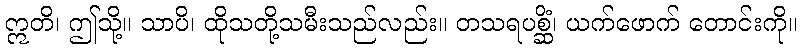
ဣတိ၊ ဤသို့။ သာပိ၊ ထိုသတို့သမီးသည်လည်း။ တသရပစ္ဆိံ၊ ယက်ဖောက် တောင်းကို။